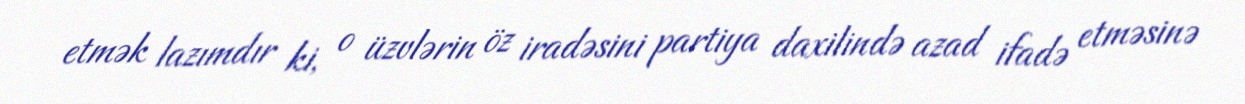
etmək lazımdır ki, o üzvlərin öz iradəsini partiya daxilində azad ifadə etməsinə